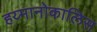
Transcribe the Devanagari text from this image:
हय्मानोकालिस